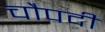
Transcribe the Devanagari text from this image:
चौपदी